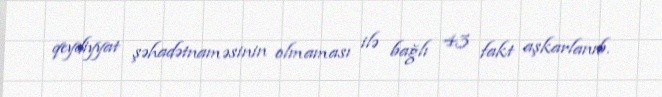
qeydiyyat şəhadətnaməsinin olmaması ilə bağlı 43 fakt aşkarlanıb.